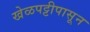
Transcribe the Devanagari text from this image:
खेळपट्टीपासून